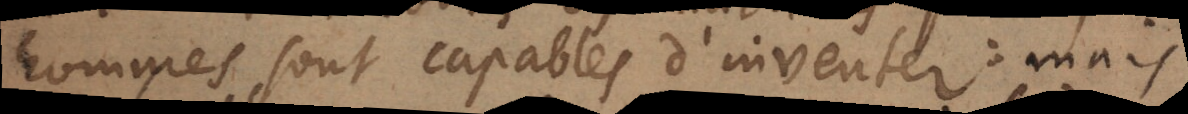
hommes sont capables d’inventer: mais